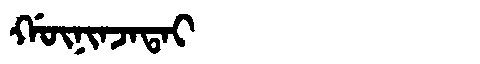
Manchu: ᡤᡡᠨᡳᠨᠵᠠᡨᠠᡳ
Romanization: GŪNINJATAI